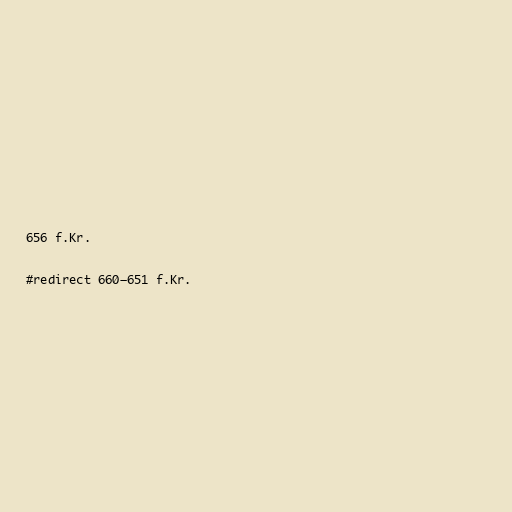
656 f.Kr.

#redirect 660–651 f.Kr.